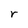
Character: r